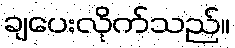
ချပေးလိုက်သည်။